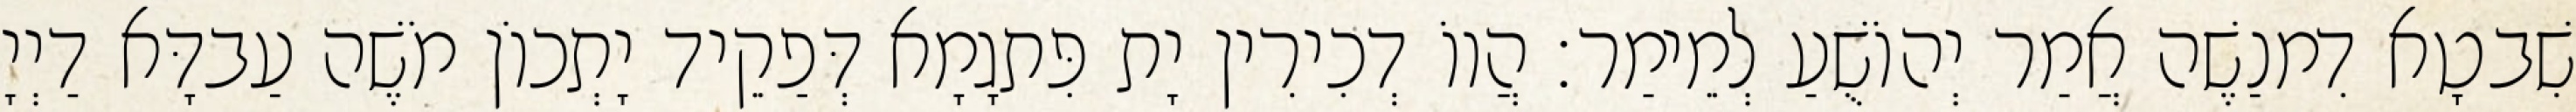
שִׁבטָא דִמנַשֶׁה אֲמַר יְהוֹשֻׁעַ לְמֵימַר׃ הֲווֹ דְכִירִין יָת פִּתגָמָא דְּפַקֵיד יָתְכוֹן מֹשֶׁה עַבדָּא דַיְיָ